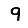
Digit: 9